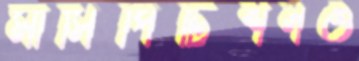
মার্সিপিটিশনও